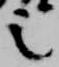
之